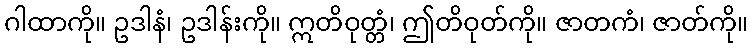
ဂါထာကို။ ဥဒါနံ၊ ဥဒါန်းကို။ ဣတိဝုတ္တံ၊ ဤတိဝုတ်ကို။ ဇာတကံ၊ ဇာတ်ကို။